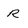
Character: R